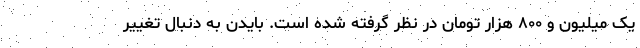
یک میلیون و ٨٠٠ هزار تومان در نظر گرفته شده است. بایدن به دنبال تغییر